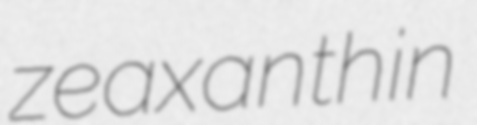
zeaxanthin